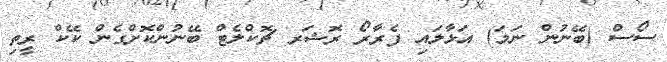
ސޯސް (ބޭނުން ނަމަ) އަޅާލައި ފެރާރޯ ރޮޝަރ ޗޮކްލެޓް ބޭނުންކޮށްގެން ކޭކް ރީތި